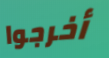
أخرجوا